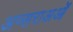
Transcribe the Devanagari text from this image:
अप्सराअओं